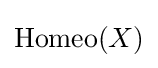
\operatorname {Homeo} (X)